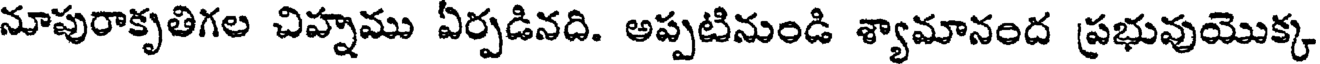
నూపురాకృతిగల చిహ్నము ఏర్పడినది. అప్పటినుండి శ్యామానంద ప్రభువుయొక్క